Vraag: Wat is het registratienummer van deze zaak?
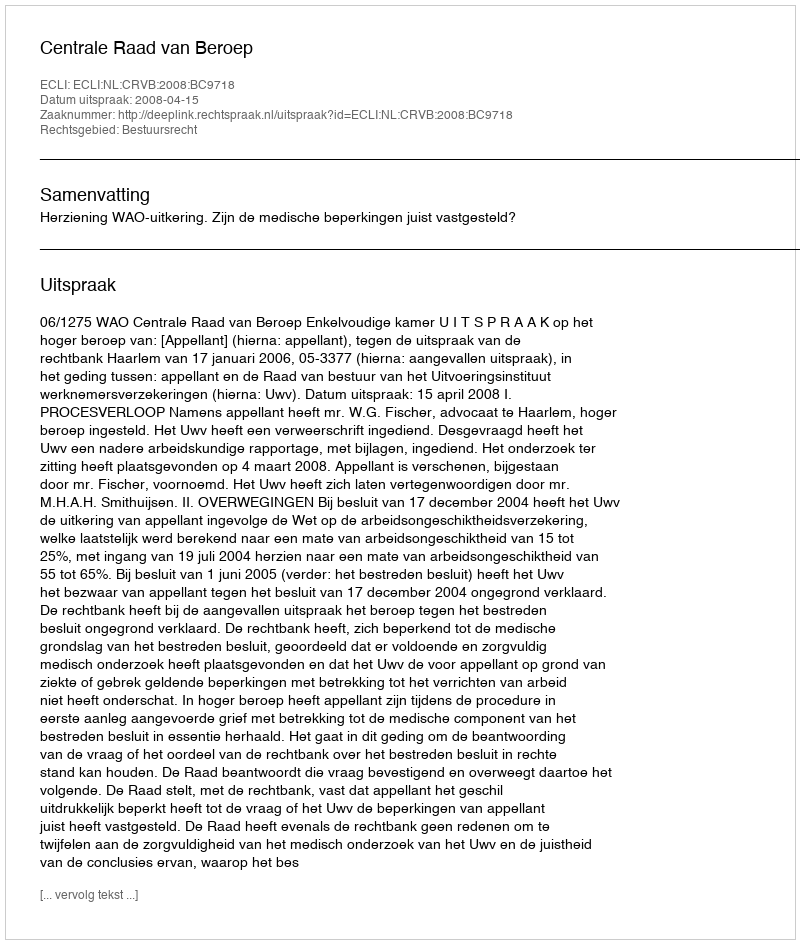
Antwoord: http://deeplink.rechtspraak.nl/uitspraak?id=ECLI:NL:CRVB:2008:BC9718